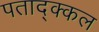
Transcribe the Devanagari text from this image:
पताद्क्कल